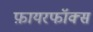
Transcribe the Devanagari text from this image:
फ़ायरफॉक्स